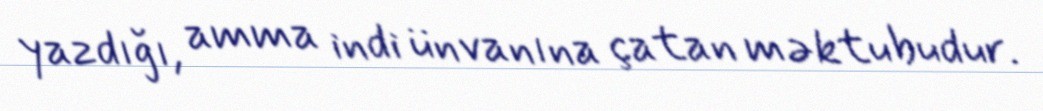
yazdığı, amma indi ünvanına çatan məktubudur.